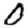
Digit: 0